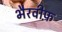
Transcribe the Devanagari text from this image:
भैरवीफ़